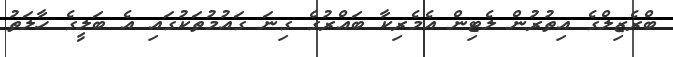
ބްރެޒިލްގެ އިތުރުން ލެޓިން އެމެރިކާ ބައްރުގެ ގިނަ ގައުމުތަކުގައި އެ ބަލީގެ ހާލަތު